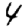
Digit: 4